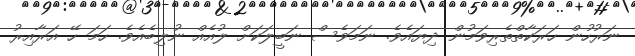
ނަރުހުން ހަރަކާތްތެރިވަމުން ދިޔައެވެ. ނަމަވެސް ނަބީލަކަށް ލުއެއް ނުލިބެއެވެ. ހަމަ ހޭ އަރާއިރު